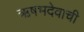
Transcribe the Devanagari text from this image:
ऋषभदेवाची